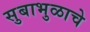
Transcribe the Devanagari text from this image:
सुबाभुळाचे